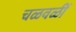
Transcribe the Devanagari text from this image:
चळवळीं